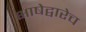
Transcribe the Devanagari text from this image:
भाषेद्वारेच